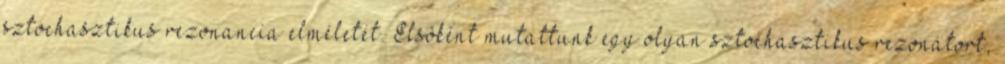
sztochasztikus rezonancia elméletét. Elsôként mutattunk egy olyan sztochasztikus rezonátort,